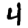
Digit: 4